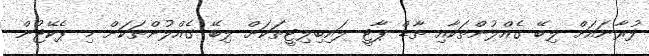
ފުރާނައަށް ލިބޭ ގެއްލުންތަކާއި ތާޑް ޕާޓީ ލައިބިލިޓީތަކަށް ލިބޭ ގެއްލުންތަކަށް މި ޕެކޭޖުން